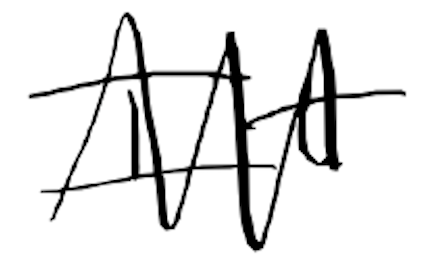
Text: It
Cross-out: zig-zag
Writing tool: digital_black